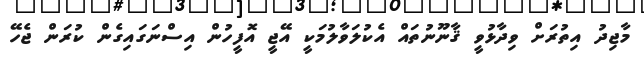
މާޖިދު އިތުރަށް ވިދާޅުވީ ޤާނޫނުތައް އެކުލަވާލުމަކީ އޭޖީ އޮފީހުން އިސްނަގައިގެން ކުރަން ޖެހޭ